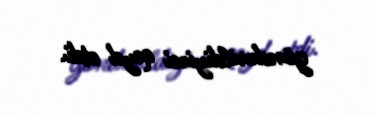
göndərildiyini qeyd etdi.